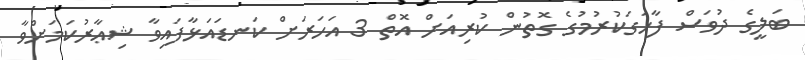
ބަލީގެ ދުވަސް ފާހަގަކުރުމުގެ ގޮތުން ކުރިއަށް އޮތް 3 އަހަރަށް ކަނޑައަޅާފައިވާ ޝިޢާރުކަމަށްވާ